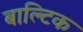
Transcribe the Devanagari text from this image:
बाल्‍टिक